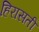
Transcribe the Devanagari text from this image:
हिरासती